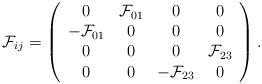
LaTeX: \begin{align*}{\cal F}_{ij} =\left(\begin{array}{cccc}0 & {\cal F}_{01} & 0 & 0 \\-{\cal F}_{01} &0 & 0 & 0 \\0 & 0 & 0 & {\cal F}_{23} \\0 & 0 & -{\cal F}_{23} & 0\end{array}\right).\end{align*}